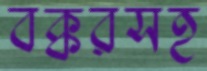
বক্করসহ